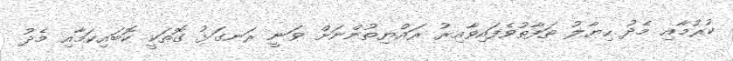
ކުރުމާއި މެދު ހިޔާލު ތަފާތުވެފައިވާއިރު ރައްޔިތުންނަށް ވަނީ ރަނގަޅު ގޮތަކީ ކޮބައިކަމާއި މެދު